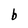
Character: b